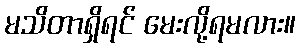
မသိတာရှိရင် မေးလို့ရမလား။